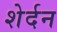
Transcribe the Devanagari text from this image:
शेर्दन